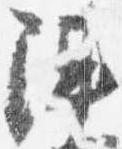
陣